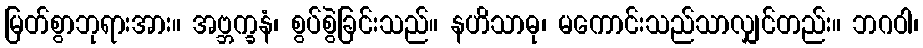
မြတ်စွာဘုရားအား။ အဗ္ဘက္ခနံ၊ စွပ်စွဲခြင်းသည်။ နဟိသာဓု၊ မကောင်းသည်သာလျှင်တည်း။ ဘဂဝါ၊